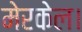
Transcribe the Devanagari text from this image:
मेरकेल।